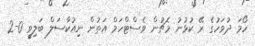
ހޯމަ ދުވަހުގެ ރޭ ކުޅުނު މެޗުން ވެސްޓްހަމް އަތުން ނިއުކާސަލް ބަލިވީ 0-2